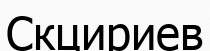
Скцириев